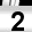
Digit: 2